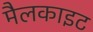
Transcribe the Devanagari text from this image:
मैलकाइट